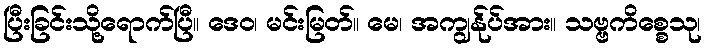
ပြီးခြင်းသို့ရောက်ပြီ။ ဒေဝ၊ မင်းမြတ်။ မေ၊ အကျွန်ုပ်အား။ သဗ္ဗကိစ္စေသု၊